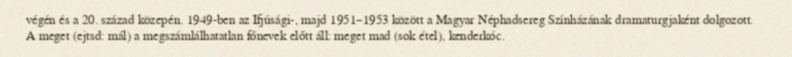
végén és a 20. század közepén. 1949-ben az Ifjúsági-, majd 1951–1953 között a Magyar Néphadsereg Színházának dramaturgjaként dolgozott. A meget (ejtsd: mál) a megszámlálhatatlan főnevek előtt áll: meget mad (sok étel), kenderkóc.